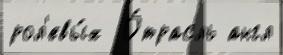
рол'евы́х  О́трасль англ